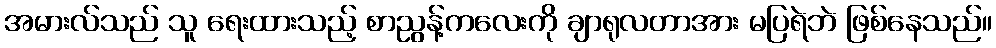
အမားလ်သည် သူ ရေးထားသည့် စာညွန့်ကလေးကို ချာရုလတာအား မပြရဲဘဲ ဖြစ်နေသည်။